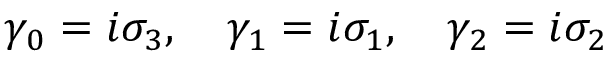
\gamma _ { 0 } = i \sigma _ { 3 } , \quad \gamma _ { 1 } = i \sigma _ { 1 } , \quad \gamma _ { 2 } = i \sigma _ { 2 }